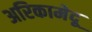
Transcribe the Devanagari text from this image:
अरिकामेदू